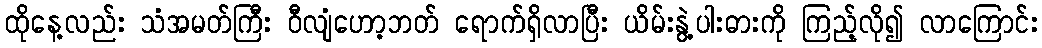
ထိုနေ့လည်း သံအမတ်ကြီး ဝီလျံဟော့ဘတ် ရောက်ရှိလာပြီး ယိမ်းနွဲ့ပါးဓားကို ကြည့်လို၍ လာကြောင်း